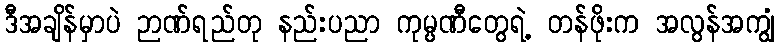
ဒီအချိန်မှာပဲ ဉာဏ်ရည်တု နည်းပညာ ကုမ္ပဏီတွေရဲ့ တန်ဖိုးက အလွန်အကျွံ